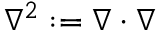
\nabla ^ { 2 } : = \nabla \cdot \nabla